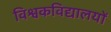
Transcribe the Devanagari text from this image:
विश्वकविद्यालयों